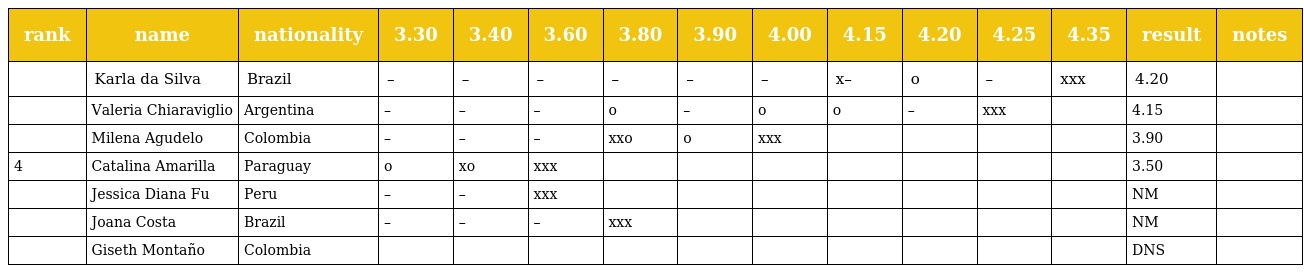
| rank | name | nationality | 3.30 | 3.40 | 3.60 | 3.80 | 3.90 | 4.00 | 4.15 | 4.20 | 4.25 | 4.35 | result | notes |
 | --- | --- | --- | --- | --- | --- | --- | --- | --- | --- | --- | --- | --- | --- | --- |
 |  | Karla da Silva | Brazil | – | – | – | – | – | – | x– | o | – | xxx | 4.20 |  |
 |  | Valeria Chiaraviglio | Argentina | – | – | – | o | – | o | o | – | xxx |  | 4.15 |  |
 |  | Milena Agudelo | Colombia | – | – | – | xxo | o | xxx |  |  |  |  | 3.90 |  |
 | 4 | Catalina Amarilla | Paraguay | o | xo | xxx |  |  |  |  |  |  |  | 3.50 |  |
 |  | Jessica Diana Fu | Peru | – | – | xxx |  |  |  |  |  |  |  | NM |  |
 |  | Joana Costa | Brazil | – | – | – | xxx |  |  |  |  |  |  | NM |  |
 |  | Giseth Montaño | Colombia |  |  |  |  |  |  |  |  |  |  | DNS |  |